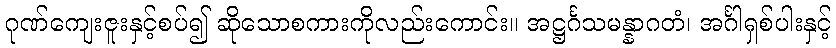
ဂုဏ်ကျေးဇူးနှင့်စပ်၍ ဆိုသောစကားကိုလည်းကောင်း။ အဋ္ဌင်္ဂသမန္နာဂတံ၊ အင်္ဂါရှစ်ပါးနှင့်